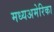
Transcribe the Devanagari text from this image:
मध्यअमेरिका